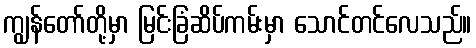
ကျွန်တော်တို့မှာ မြင်းခြံဆိပ်ကမ်းမှာ သောင်တင်လေသည်။